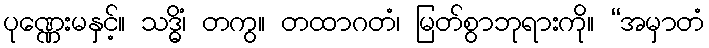
ပုဏ္ဏေးမနှင့်။ သဒ္ဓိံ၊ တကွ။ တထာဂတံ၊ မြတ်စွာဘုရားကို။ “အမှာတံ